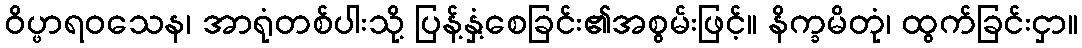
ဝိပ္ဖာရဝသေန၊ အာရုံတစ်ပါးသို့ ပြန့်နှံ့စေခြင်း၏အစွမ်းဖြင့်။ နိက္ခမိတုံ၊ ထွက်ခြင်းငှာ။